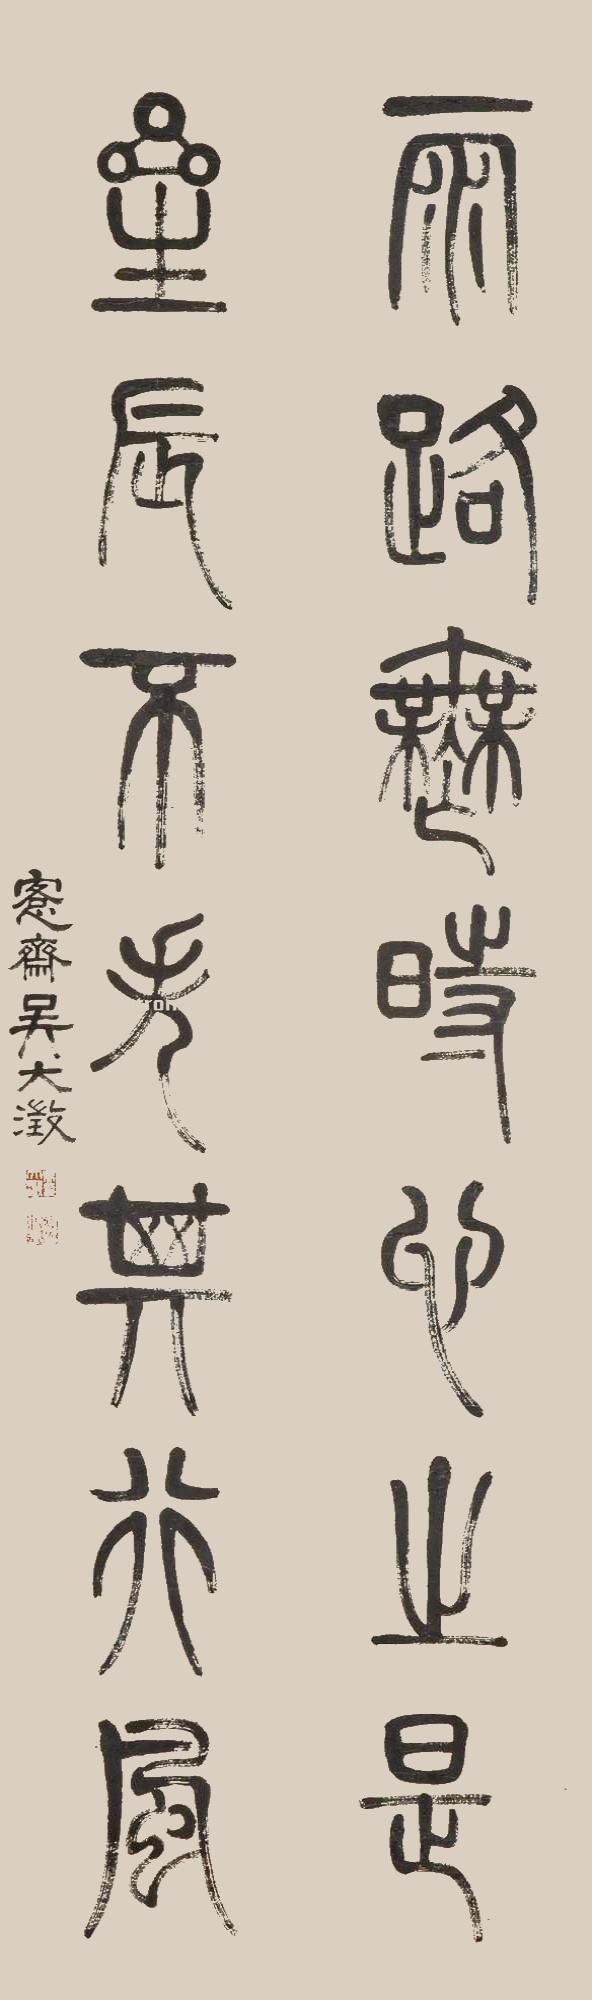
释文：雨路无时心之是，星辰不失其行风。愙斋吴大澂。